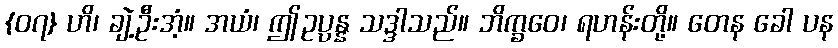
{၀၇} ဟိ၊ ချဲ့ဦးအံ့။ အယံ၊ ဤဥပ္ပန္န သဒ္ဒါသည်။ ဘိက္ခဝေ၊ ရဟန်းတို့။ တေန ခေါ ပန